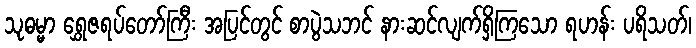
သုဓမ္မာ ရွှေဇရပ်တော်ကြီး အပြင်တွင် စာပွဲသဘင် နားဆင်လျက်ရှိကြသော ရဟန်း ပရိသတ်၊